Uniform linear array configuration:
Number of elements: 12
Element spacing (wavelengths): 0.5
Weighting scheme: exponential
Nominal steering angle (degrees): -30
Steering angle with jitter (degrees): -29.96
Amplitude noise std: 0.05
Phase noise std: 0.05

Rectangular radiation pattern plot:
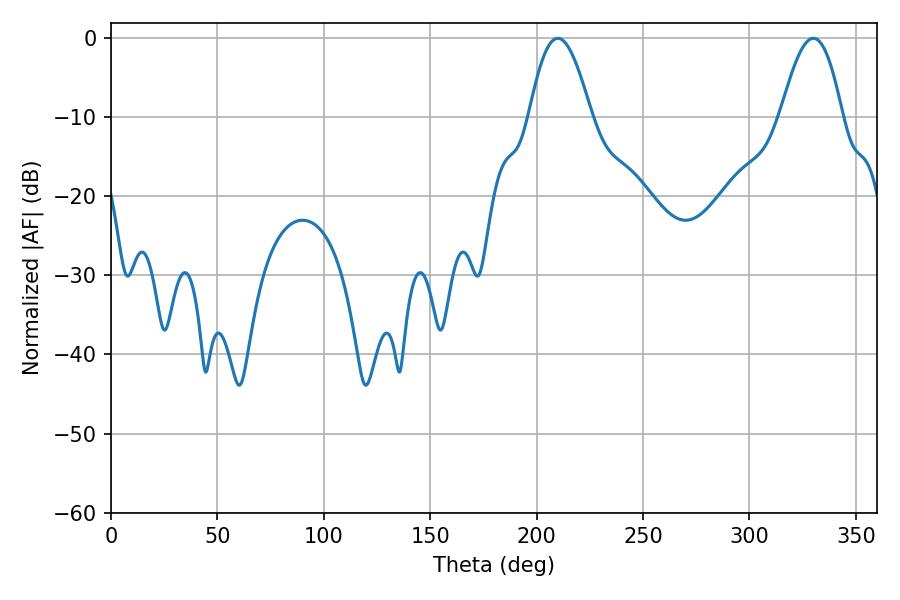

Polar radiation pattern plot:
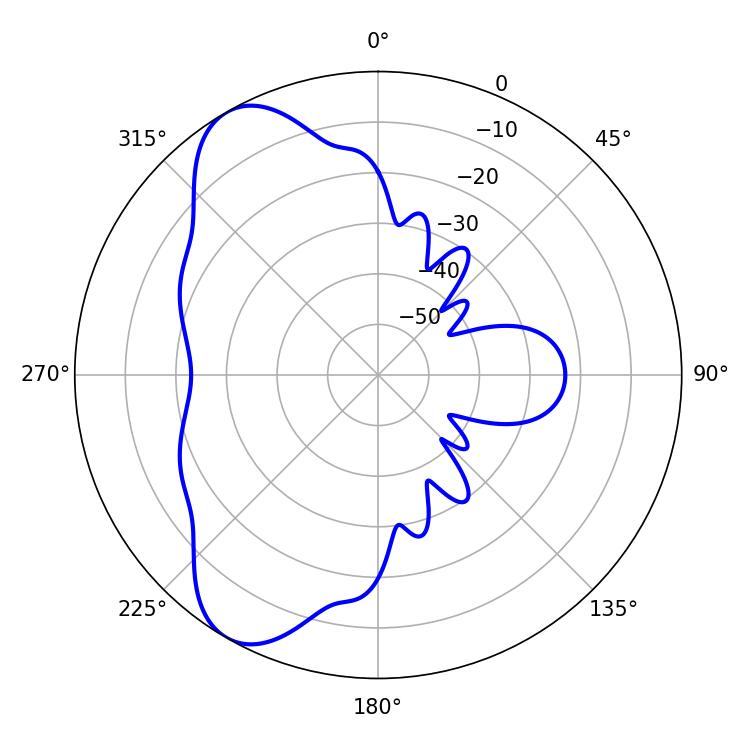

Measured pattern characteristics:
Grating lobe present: FALSE
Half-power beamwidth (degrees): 15.66
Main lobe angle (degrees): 209.88